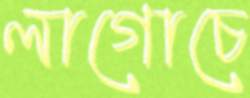
লাগোচে